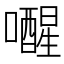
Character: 𫬞